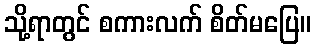
သို့ရာတွင် စကားလက် စိတ်မပြေ။